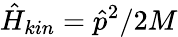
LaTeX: {\hat{H}}_{kin}={\hat{p}}^{2}/2M